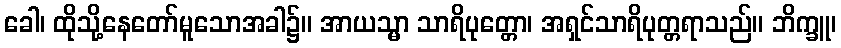
ခေါ၊ ထိုသို့နေတော်မူသောအခါ၌။ အာယသ္မာ သာရိပုတ္တော၊ အရှင်သာရိပုတ္တရာသည်။ ဘိက္ခူ၊